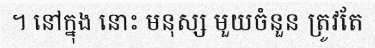
។ នៅក្នុង នោះ មនុស្ស មួយចំនួន ត្រូវតែ